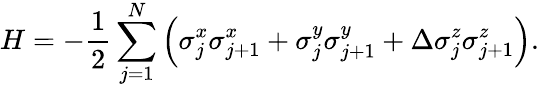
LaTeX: H=-\frac{1}{2}\sum_{j=1}^{N}\left(\sigma_{j}^{x}\sigma_{j+1}^{x}+\sigma_{j}^{y}\sigma_{j+1}^{y}+\Delta\sigma_{j}^{z}\sigma_{j+1}^{z}\right).